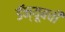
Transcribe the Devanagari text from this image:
डॅन्यूबची